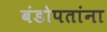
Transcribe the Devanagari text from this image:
बंडोपतांना